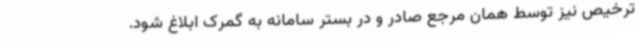
ترخیص نیز توسط همان مرجع صادر و در بستر سامانه به گمرک ابلاغ شود.